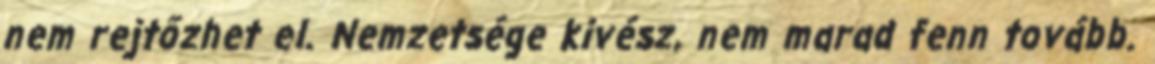
nem rejtőzhet el. Nemzetsége kivész, nem marad fenn tovább.